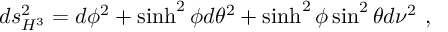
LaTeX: d s _ { H ^ { 3 } } ^ { 2 } = d \phi ^ { 2 } + \sinh ^ { 2 } \phi d \theta ^ { 2 } + \sinh ^ { 2 } \phi \sin ^ { 2 } \theta d \nu ^ { 2 } \ ,